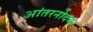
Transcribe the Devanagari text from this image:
आंतरनोदक